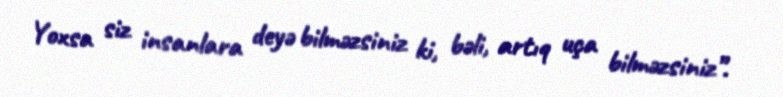
Yoxsa siz insanlara deyə bilməzsiniz ki, bəli, artıq uça bilməzsiniz”.